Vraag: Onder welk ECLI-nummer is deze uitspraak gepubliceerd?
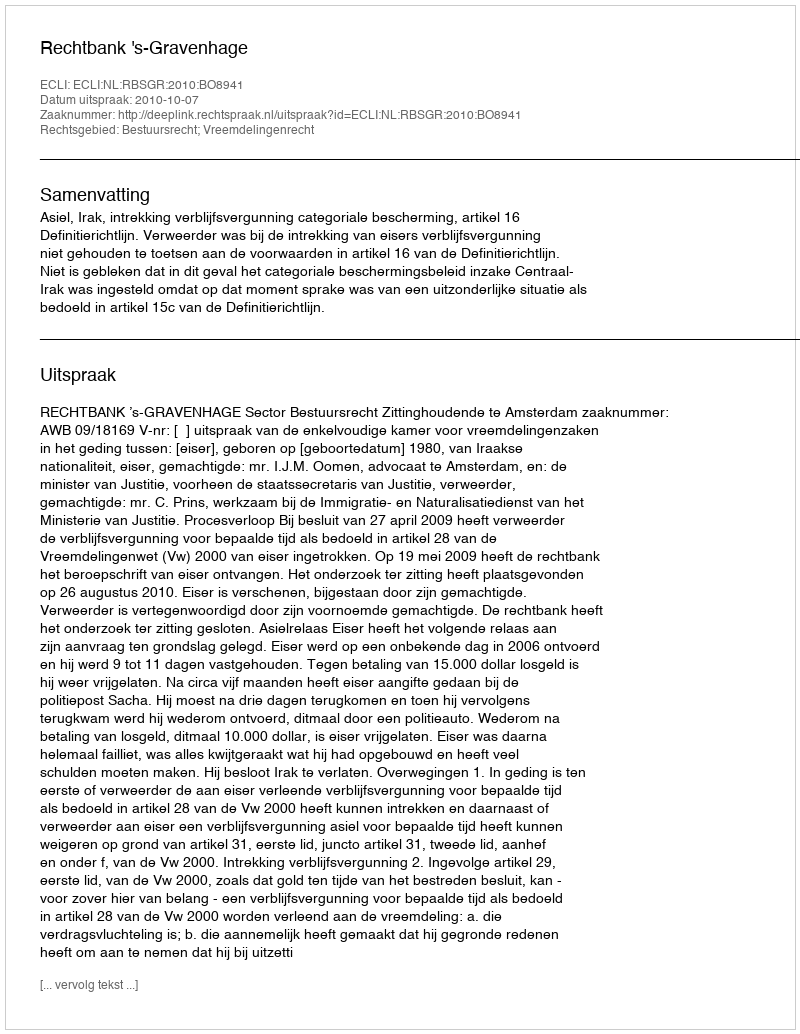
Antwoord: ECLI:NL:RBSGR:2010:BO8941